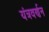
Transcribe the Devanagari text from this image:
यंत्रवर्णन